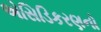
એસિડિકરણનો